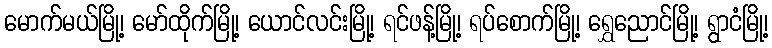
မောက်မယ်မြို့၊ မော်ထိုက်မြို့၊ ယောင်လင်းမြို့၊ ရင်ဖန့်မြို့၊ ရပ်စောက်မြို့၊ ရွှေညောင်မြို့၊ ရွာငံမြို့၊